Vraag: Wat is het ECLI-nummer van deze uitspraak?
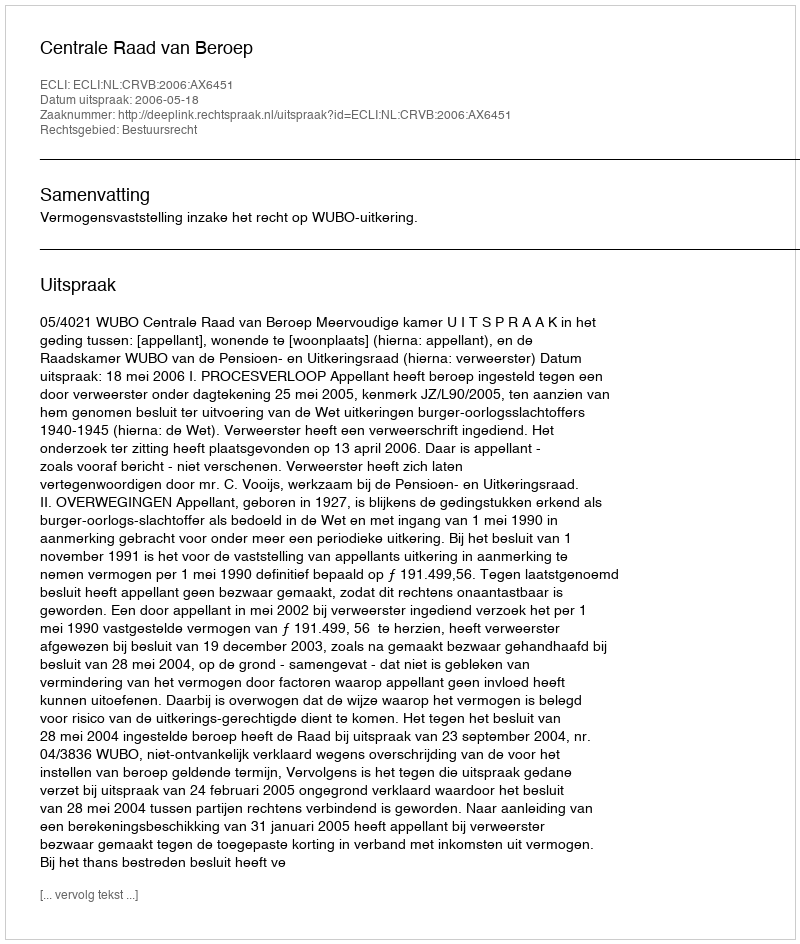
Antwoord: ECLI:NL:CRVB:2006:AX6451